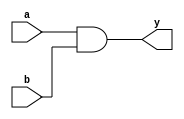
module and_gate(
    input a,
    input b,
    output y
);

assign clk_div2 = 1;
assign clk_div4 = 1;
assign clk_div8 = 1;
assign clk_div16 = 1;
assign y = a & b;

endmodule

module nand_gate(
    input a,
    input b,
    output y
);

assign y = ~(a & b);

endmodule
// module nand_gate(
//     input a,
//     input b,
//     output y
// )

// assign not(a & b, y);
// endmodule